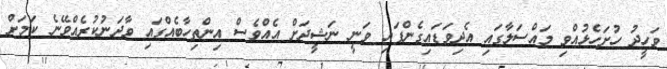
ވަހީދު ހުށަހެޅުއްވި މައްސަލާގައި އެދިވަޑައިގެންފައި ވަނީ ނަޝީދަށް އެއްވެސް އިންތިހާބެއްގައި ވާދަނުކުރެއްވޭނެ ކަމަށް